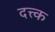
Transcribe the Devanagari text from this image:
दत्त्क